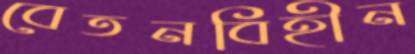
বেতনবিহীন